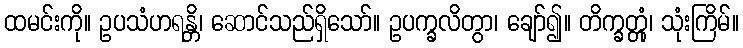
ထမင်းကို။ ဥပသံဟရန္တိ၊ ဆောင်သည်ရှိသော်။ ဥပက္ခလိတွာ၊ ချော်၍။ တိက္ခတ္တုံ၊ သုံးကြိမ်။